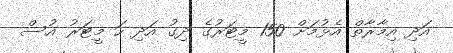
އަދި އިމާރާތް އެޅުމަށް 150 މީޓަރުގެ ދިގު އަދި ހަ މީޓަރު އުސް